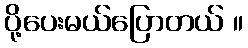
ပို့ပေးမယ်ပြောတယ် ။